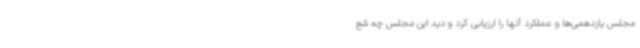
مجلس یازدهمی‌ها و عملکرد آنها را ارزیابی کرد و دید این مجلس چه شع